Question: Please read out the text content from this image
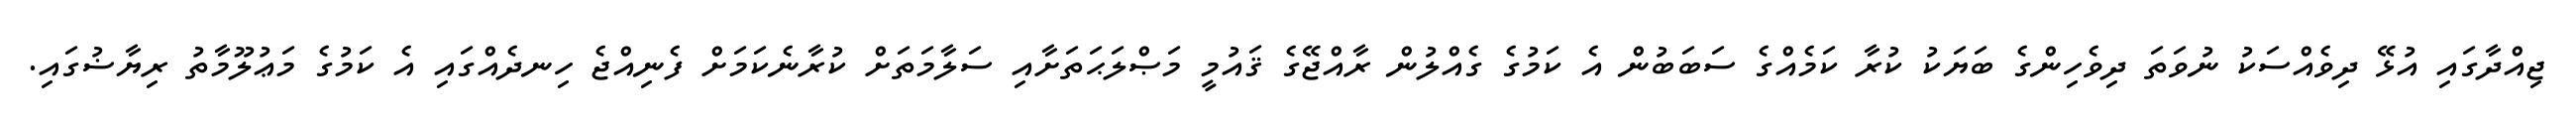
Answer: ޖިއްދާގައި އުޅޭ ދިވެއްސަކު ނުވަތަ ދިވެހިންގެ ބަޔަކު ކުރާ ކަމެއްގެ ސަބަބުން އެ ކަމުގެ ގެއްލުން ރާއްޖޭގެ ޤައުމީ މަޞްލަޙަތަށާއި ސަލާމަތަށް ކުރާނެކަމަށް ފެނިއްޖެ ހިނދެއްގައި އެ ކަމުގެ މަޢުލޫމާތު ރިޔާޟުގައި.